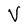
Character: V